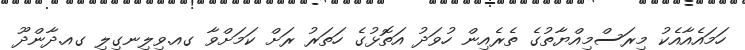
ހަމައެއާއެކު މިރަސްމިއްޔާތުގެ ތެރެއިން ހުވަދު އަތޮޅުގެ ހަތަރު ރަށް ކަމަށްވާ ގއ.ވިލިނގިލި ގއ.ދާންދޫ